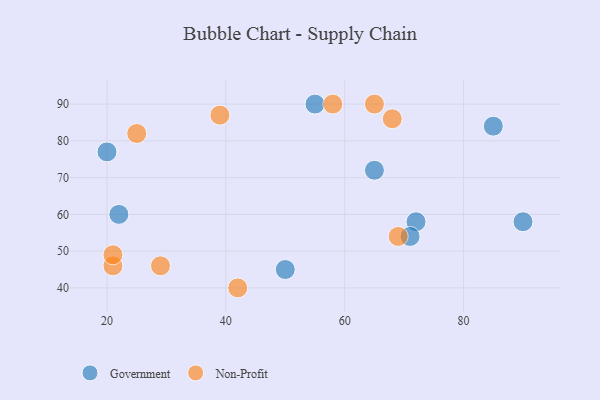
{"axis": {"x": "GDP", "y": "Life Expectancy"}, "legend": ["Government", "Non-Profit"], "data": [{"x": "72", "y": 58, "type": "Government"}, {"x": "90", "y": 58, "type": "Government"}, {"x": "55", "y": 90, "type": "Government"}, {"x": "71", "y": 54, "type": "Government"}, {"x": "85", "y": 84, "type": "Government"}, {"x": "20", "y": 77, "type": "Government"}, {"x": "22", "y": 60, "type": "Government"}, {"x": "65", "y": 72, "type": "Government"}, {"x": "50", "y": 45, "type": "Government"}, {"x": "68", "y": 86, "type": "Non-Profit"}, {"x": "21", "y": 46, "type": "Non-Profit"}, {"x": "25", "y": 82, "type": "Non-Profit"}, {"x": "39", "y": 87, "type": "Non-Profit"}, {"x": "65", "y": 90, "type": "Non-Profit"}, {"x": "58", "y": 90, "type": "Non-Profit"}, {"x": "21", "y": 49, "type": "Non-Profit"}, {"x": "29", "y": 46, "type": "Non-Profit"}, {"x": "69", "y": 54, "type": "Non-Profit"}, {"x": "42", "y": 40, "type": "Non-Profit"}]}